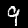
Digit: 9